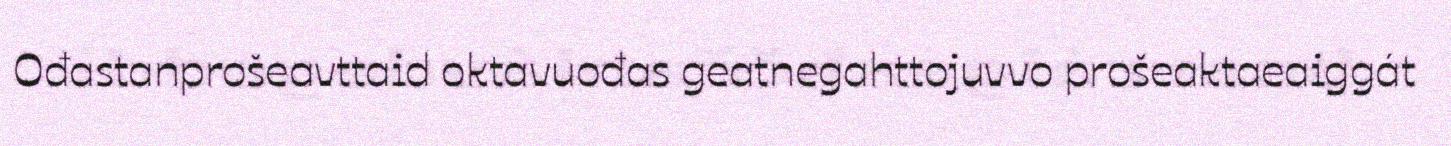
Ođastanprošeavttaid oktavuođas geatnegahttojuvvo prošeaktaeaiggát